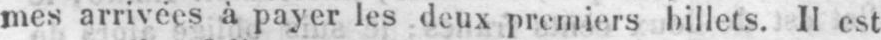
mes arrivées à payer les deux premiers billets. II est